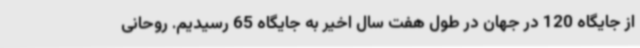
از جایگاه 120 در جهان در طول هفت سال اخیر به جایگاه 65 رسیدیم. روحانی